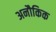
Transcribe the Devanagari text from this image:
अनौकिक